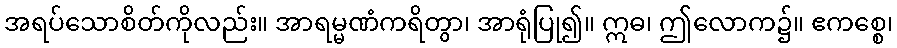
အရပ်သောစိတ်ကိုလည်း။ အာရမ္မဏံကရိတွာ၊ အာရုံပြု၍။ ဣဓ၊ ဤလောက၌။ ဧကစ္စေ၊